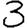
Digit: 3